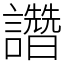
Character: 𧮂